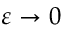
\varepsilon \to 0